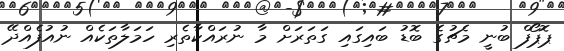
ޕޮޕޯފް ބުނީ މެޗުގެ ބޮޑު ބައިގައި ގަތަރަށް މާ ނުރައްކާތެރި ހަމަލާތަކެއް ނުއުފެއްދޭ